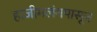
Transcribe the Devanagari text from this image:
हाजीमलंगपासून